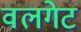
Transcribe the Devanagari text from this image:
वलगेट